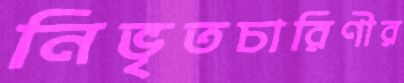
নিভৃতচারিণীর